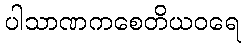
ပါသာဏကစေတိယဝရေ